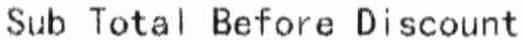
SUB TOTAL BEFORE DISCOUNT